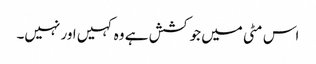
اس مٹی میں جو کشش ہے وہ کہیں اور نہیں۔